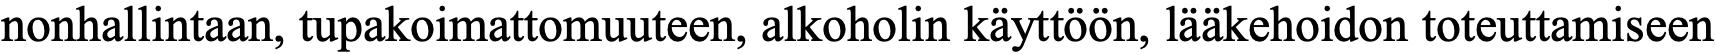
nonhallintaan, tupakoimattomuuteen, alkoholin käyttöön, lääkehoidon toteuttamiseen